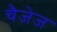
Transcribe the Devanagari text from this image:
चैजेज